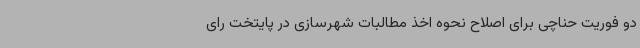
دو فوریت حناچی برای اصلاح نحوه اخذ مطالبات شهرسازی در پایتخت رای